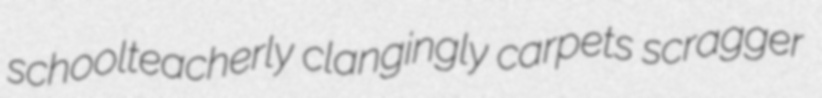
schoolteacherly clangingly carpets scragger